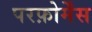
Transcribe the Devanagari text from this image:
परफ़ोर्मेंस